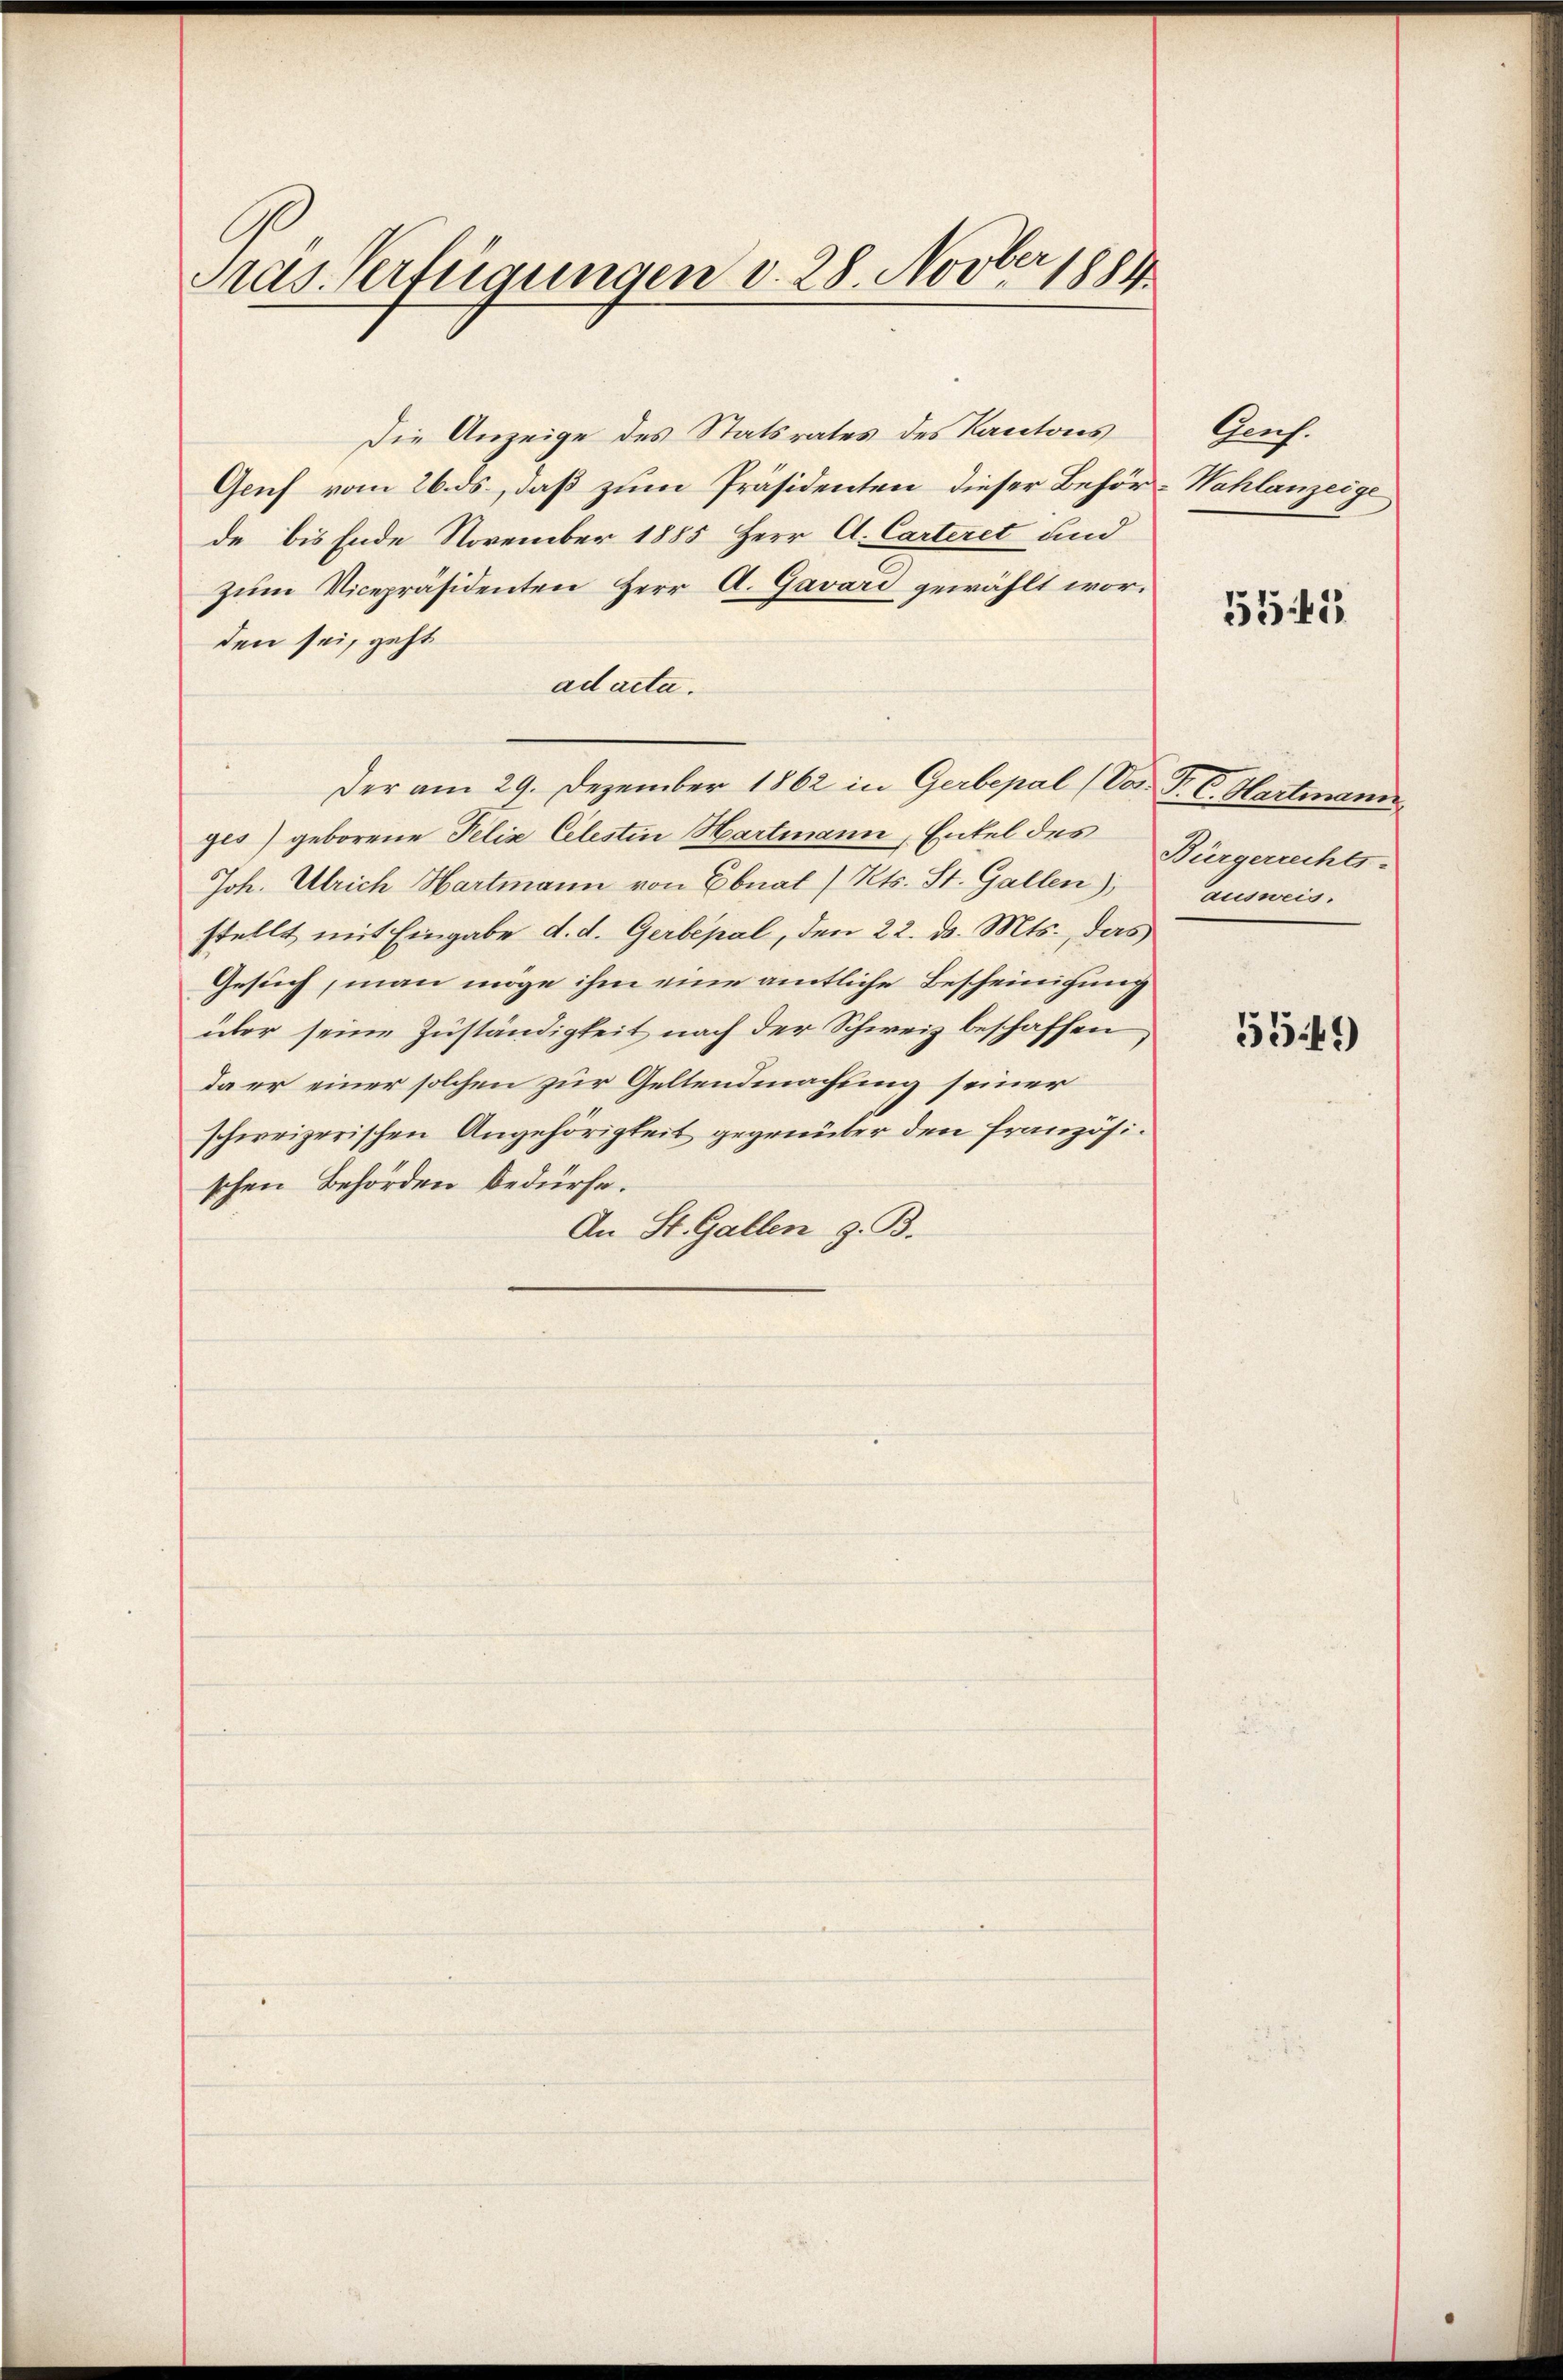
Pras Verfügungen d. 28. Novber 1881

Die Anzeige des Statsrates des Kantons
Genf vom 26. ds, daß zum Präsidenten dieser Behör-Wahlanzeige
de bis Ende November 1885 Herr A. Carteret und
zum Vicepräsidenten Herr A. Gavari gewählt worden sei, geht
ad acta.
Der am 29. Dezember 1862 in Gerbepal (Vor. P. C. Hartmann
ges) geborene Felix Celestin Hartmann, Entel des
Joh. Ulrich Hartmann von Ebnat ( Kts. St. Gallen), ausweis-
stellt mit Eingabe d. d. Gerbepal, den 22. d. Mts., das
Gesuch, man möge ihm eine amtliche Bescheinigung
über seine Zuständigkeit nach der Schweiz beschaffen
da er einer solchen zur Geltendmachung seiner
schereizerischen Angehörigkeit gegenüber den französischen Behörden bedürfe.
An St. Gallen z. B.

Aach.

5541

Bürgerrechts-

5549